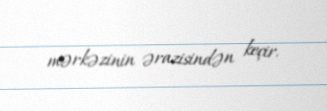
mərkəzinin ərazisindən keçir.